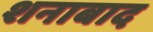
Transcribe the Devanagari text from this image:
शनाबाद